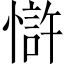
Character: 𢠇